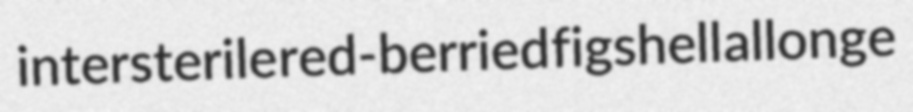
intersterile red-berried figshell allonge